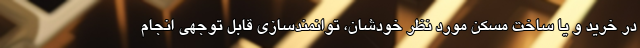
در خرید و یا ساخت مسکن مورد نظر خودشان، توانمندسازی قابل توجهی انجام